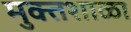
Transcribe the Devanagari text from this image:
मुक्तशाळा